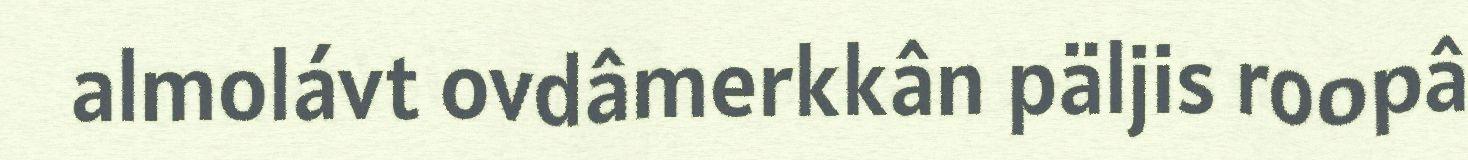
almolávt ovdâmerkkân päljis roopâ